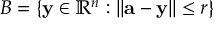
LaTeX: B = \{ \mathbf { y } \in \mathbb { R } ^ { n } : | | \mathbf { a } - \mathbf { y } | | \leq r \}